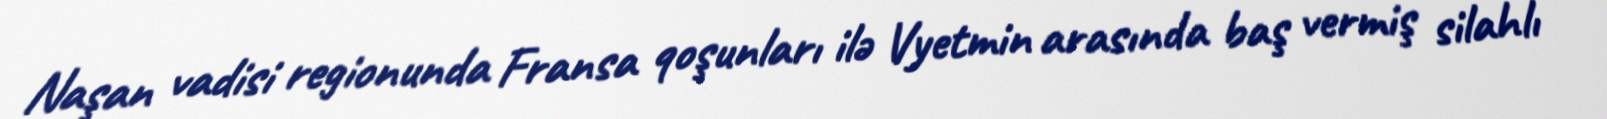
Naşan vadisi regionunda Fransa qoşunları ilə Vyetmin arasında baş vermiş silahlı